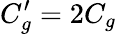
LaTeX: C_{g}^{\prime}=2C_{g}